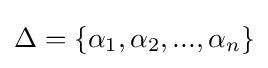
\Delta =\{\alpha _{1},\alpha _{2},...,\alpha _{n}\}